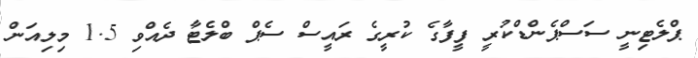
ޕްލެޓިނީ ސަސްޕެންޑްކުރީ ފީފާގެ ކުރީގެ ރައީސް ސެޕް ބްލެޓާ ދެއްވި 1.5 މިލިއަން